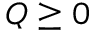
Q \ge 0